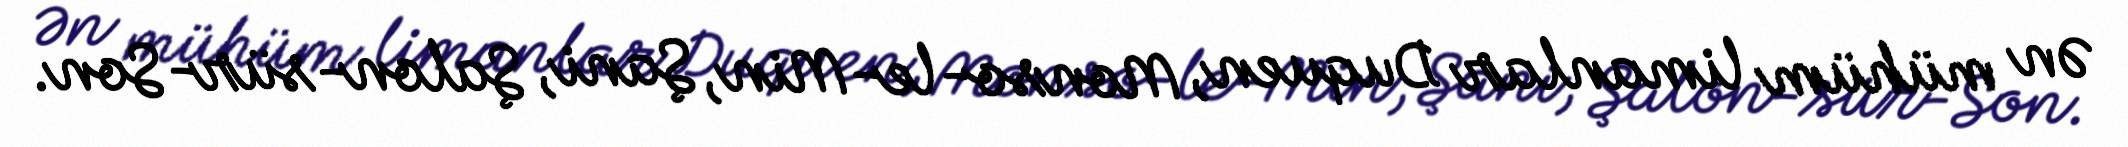
Ən mühüm limanlar Duquen, Monso-le-Min, Şani, Şalon-sür-Son.